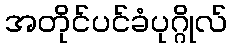
အတိုင်ပင်ခံပုဂ္ဂိုလ်